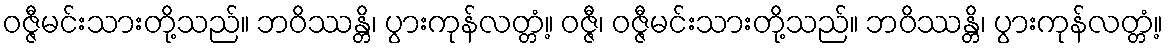
ဝဇ္ဇီမင်းသားတို့သည်။ ဘဝိဿန္တိ၊ ပွားကုန်လတ္တံ့။ ဝဇ္ဇီ၊ ဝဇ္ဇီမင်းသားတို့သည်။ ဘဝိဿန္တိ၊ ပွားကုန်လတ္တံ့။